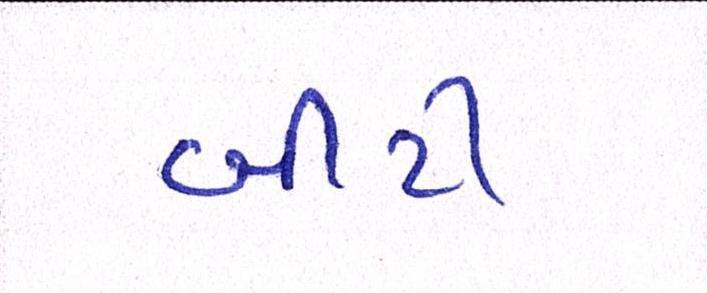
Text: બીટી